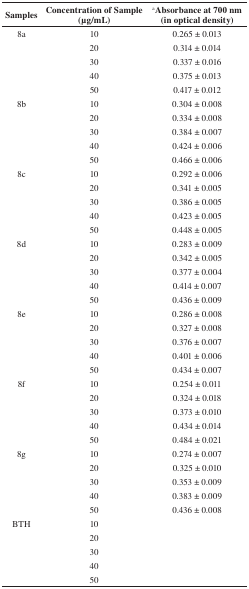
| Samples | Concentration of Sample (μg/mL) | Absorbance at 700 nm (in optical density)a |
 | --- | --- | --- |
 | 8a | 10 | 0.265 ± 0.013 |
 |  | 20 | 0.314 ± 0.014 |
 |  | 30 | 0.337 ± 0.016 |
 |  | 40 | 0.375 ± 0.013 |
 |  | 50 | 0.417 ± 0.012 |
 | 8b | 10 | 0.304 ± 0.008 |
 |  | 20 | 0.334 ± 0.008 |
 |  | 30 | 0.384 ± 0.007 |
 |  | 40 | 0.424 ± 0.006 |
 |  | 50 | 0.466 ± 0.006 |
 | 8c | 10 | 0.292 ± 0.006 |
 |  | 20 | 0.341 ± 0.005 |
 |  | 30 | 0.386 ± 0.005 |
 |  | 40 | 0.423 ± 0.005 |
 |  | 50 | 0.448 ± 0.005 |
 | 8d | 10 | 0.283 ± 0.009 |
 |  | 20 | 0.342 ± 0.005 |
 |  | 30 | 0.377 ± 0.004 |
 |  | 40 | 0.414 ± 0.007 |
 |  | 50 | 0.436 ± 0.009 |
 | 8e | 10 | 0.286 ± 0.008 |
 |  | 20 | 0.327 ± 0.008 |
 |  | 30 | 0.376 ± 0.007 |
 |  | 40 | 0.401 ± 0.006 |
 |  | 50 | 0.434 ± 0.007 |
 | 8f | 10 | 0.254 ± 0.011 |
 |  | 20 | 0.324 ± 0.018 |
 |  | 30 | 0.373 ± 0.010 |
 |  | 40 | 0.434 ± 0.014 |
 |  | 50 | 0.484 ± 0.021 |
 | 8g | 10 | 0.274 ± 0.007 |
 |  | 20 | 0.325 ± 0.010 |
 |  | 30 | 0.353 ± 0.009 |
 |  | 40 | 0.383 ± 0.009 |
 |  | 50 | 0.436 ± 0.008 |
 | BTH | 10 |  |
 |  | 20 |  |
 |  | 30 |  |
 |  | 40 |  |
 |  | 50 |  |